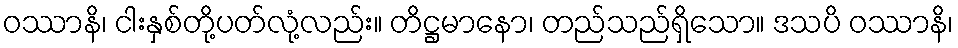
ဝဿာနိ၊ ငါးနှစ်တို့ပတ်လုံ့လည်း။ တိဋ္ဌမာနော၊ တည်သည်ရှိသော။ ဒသပိ ဝဿာနိ၊